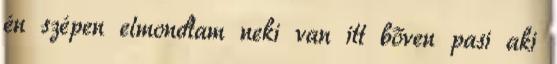
én szépen elmondtam neki van itt bőven pasi aki